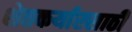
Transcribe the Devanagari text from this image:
शेतकर्यारसाठी